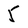
Character: 5